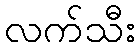
လက်သီး